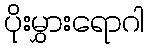
ပိုးမွှားရောဂါ